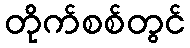
တိုက်စစ်တွင်